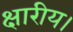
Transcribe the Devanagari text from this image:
क्षारीय।